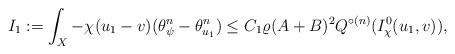
LaTeX: \begin{align*}I_1:=\int_X -\chi (u_1-v) (\theta_{\psi}^n- \theta_{u_1}^n) \le C_1\varrho (A+B)^2 Q^{\circ (n)}(I^0_\chi(u_1, v)),\end{align*}